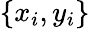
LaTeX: \{ x_{i},y_{i}\}